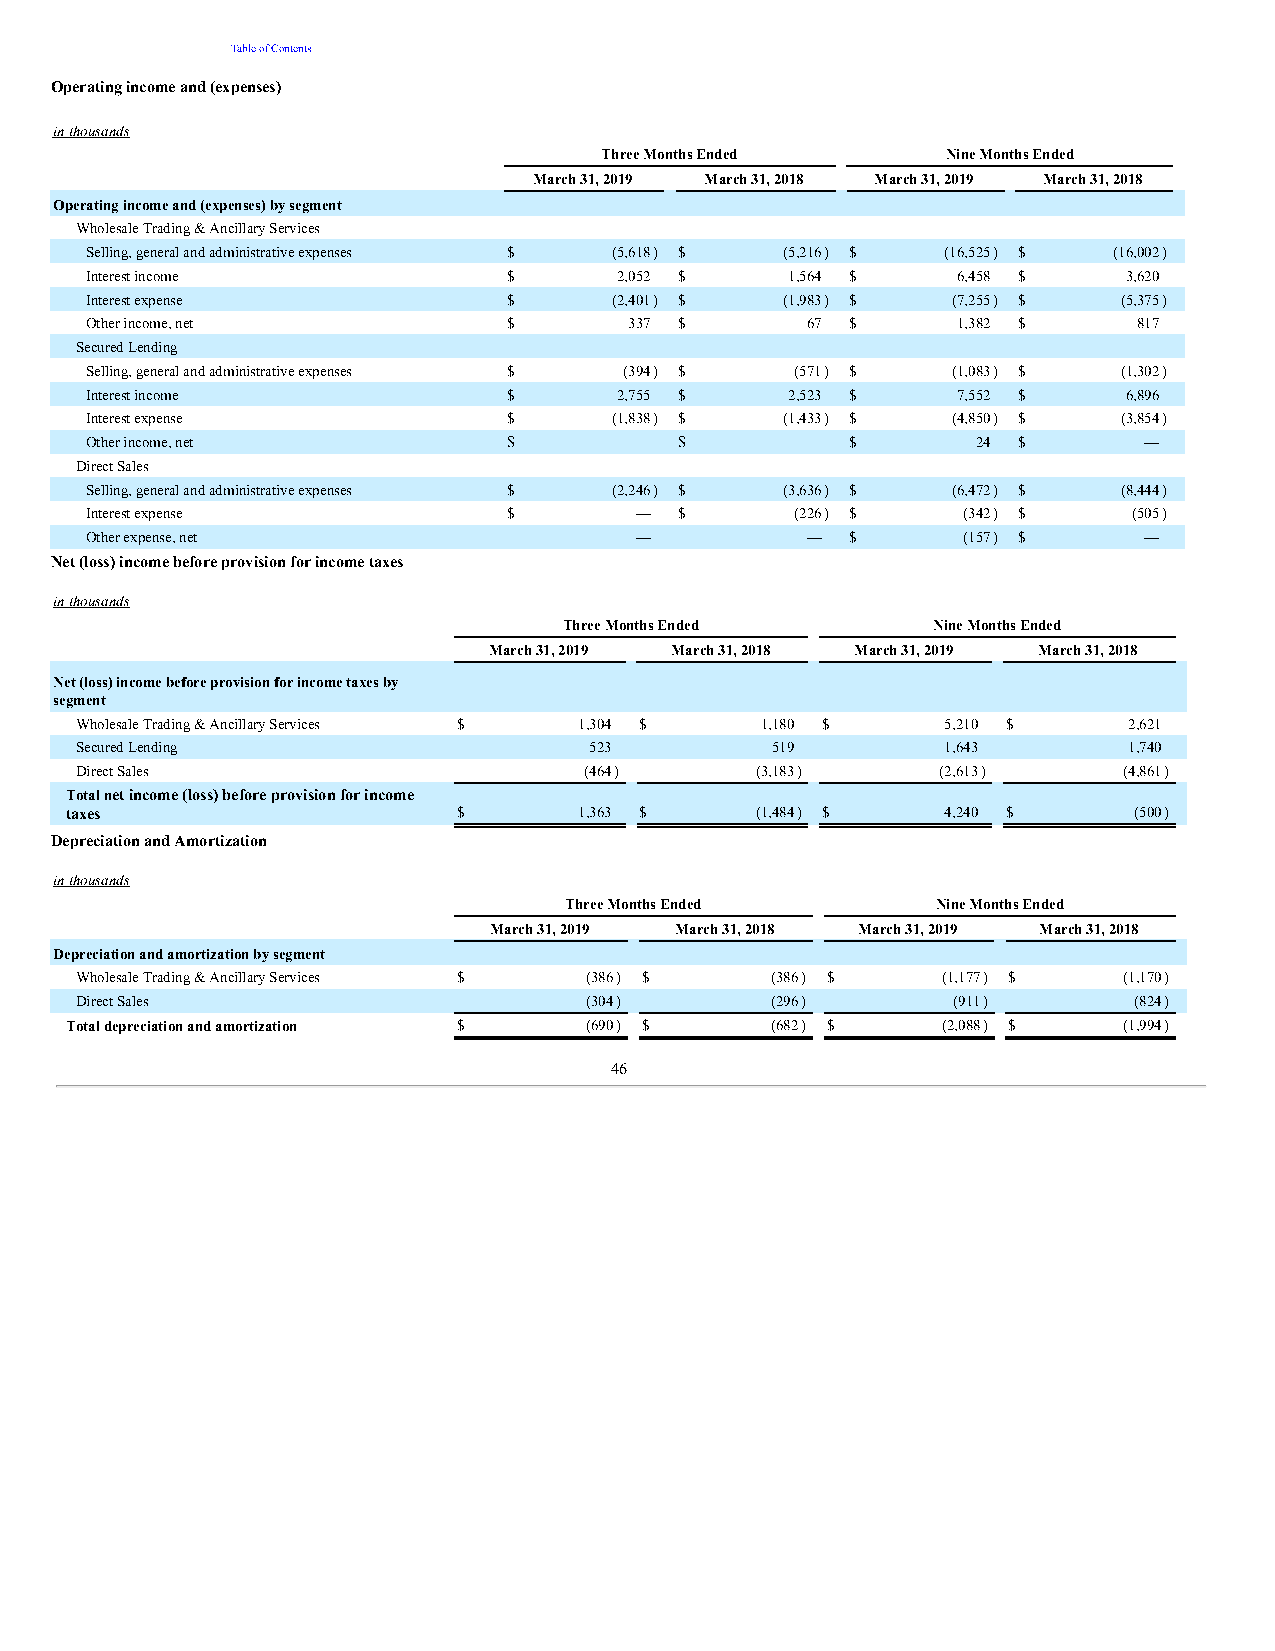
Table of Contents
 Operating income and (expenses)
 in thousands
 Three Months Ended     Nine Months Ended
 March 31, 2019 March 31, 2018 March 31, 2019 March 31, 2018
 Operating income and (expenses) by segment
 Wholesale Trading & Ancillary Services
 Selling, general and administrative expenses $ (5,618) $ (5,216) $ (16,525) $ (16,002)
 Interest income             $      2,052 $    1,564 $    6,458 $     3,620
 Interest expense            $      (2,401) $  (1,983) $  (7,255) $  (5,375)
 Other income, net           $       337 $      67 $      1,382 $     817
 Secured Lending
 Selling, general and administrative expenses $ (394) $ (571) $ (1,083) $ (1,302)
 Interest income             $      2,755 $    2,523 $    7,552 $     6,896
 Interest expense            $      (1,838) $  (1,433) $  (4,850) $  (3,854)
 Other income, net           $       —  $       —  $        24 $       —
 Direct Sales
 Selling, general and administrative expenses $ (2,246) $ (3,636) $ (6,472) $ (8,444)
 Interest expense            $       —  $       (226) $    (342) $    (505)
 Other expense, net                  —          —  $       (157) $     —
 Net (loss) income before provision for income taxes
 in thousands
 Three Months Ended       Nine Months Ended
 March 31, 2019 March 31, 2018 March 31, 2019 March 31, 2018
 Net (loss) income before provision for income taxes by
 segment
 Wholesale Trading & Ancillary Services $ 1,304 $ 1,180 $  5,210 $     2,621
 Secured Lending                   523         519         1,643       1,740
 Direct Sales                      (464)      (3,183)     (2,613)     (4,861)
 Total net income (loss) before provision for income
 taxes                     $       1,363 $     (1,484) $    4,240 $     (500)
 Depreciation and Amortization
 in thousands
 Three Months Ended       Nine Months Ended
 March 31, 2019 March 31, 2018 March 31, 2019 March 31, 2018
 Depreciation and amortization by segment
 Wholesale Trading & Ancillary Services $ (386) $ (386) $ (1,177) $   (1,170)
 Direct Sales                      (304)       (296)       (911)       (824)
 Total depreciation and amortization $ (690) $  (682) $    (2,088) $   (1,994)
 46